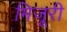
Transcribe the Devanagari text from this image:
मिजूरी